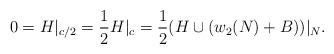
LaTeX: \begin{align*}0=H|_{c/2}=\frac{1}{2}H|_c=\frac{1}{2}(H\cup (w_2(N)+B))|_N. \end{align*}